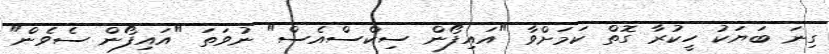
ގިނަ ބަޔަކު ހީކުރާ ގޮތް ކަމަށްވާ "އައިފޯން ސިކްސްއެސް" ނުވަތަ "އައިފޯން ސެވެން"